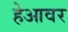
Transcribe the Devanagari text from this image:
हेआवर